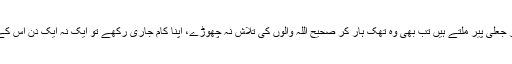
حضرت اقدس کا ارشاد ہے کہ اگر کسی کو اللہ والوں کے نام پر دھوکے باز، پاکٹ مار اور جعلی پیر ملتے ہیں تب بھی وہ تھک ہار کر صحیح اللہ والوں کی تلاش نہ چھوڑے، اپنا کام جاری رکھے تو ایک نہ ایک دن اس کے اخلاص کی برکت سے اللہ تعالیٰ اسے اپنے نیک اور مخلص بندوں تک پہنچا ہی دیں گے۔